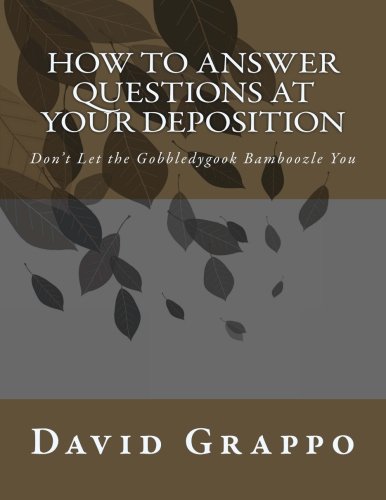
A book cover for How to Answer Questions at Your Deposition: Don't Let the Gobbledygook Bamboozle You; David Grappo; Law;